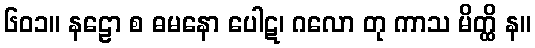
၆၀၁။ နဠော စ ဓမနော ပေါဋ၊ ဂလော တု ကာသ မိတ္ထိ န။